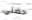
حضني